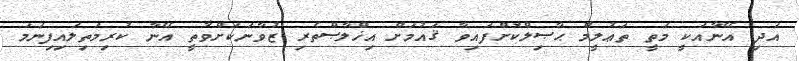
އަދި އޭނާއަކީ މަތީ ތަޢުލީމް ޙާޞިލްކޮށްފައިވާ ޤައުމަށް އިޚްލާޞްތެރި ޒުވާނަކަށްވާތީ އޭނާ ކުރިމަތިލައިފިނަމަ